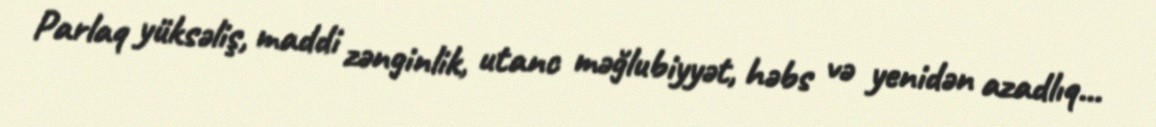
Parlaq yüksəliş, maddi zənginlik, utanc məğlubiyyət, həbs və yenidən azadlıq...